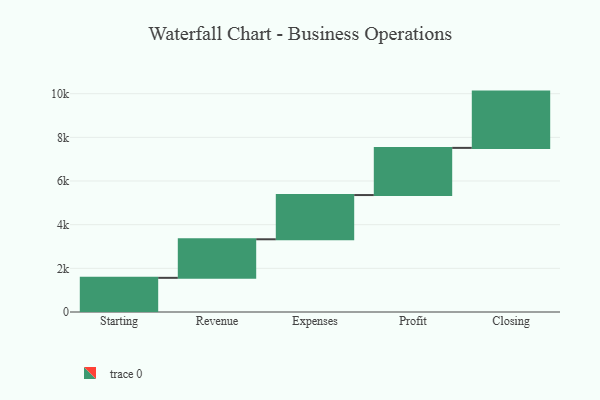
{"axis": {"x": "Step", "y": "Value"}, "legend": [""], "data": [{"x": "Starting", "y": 1565.0, "type": ""}, {"x": "Revenue", "y": 1766.0, "type": ""}, {"x": "Expenses", "y": 2026.0, "type": ""}, {"x": "Profit", "y": 2161.0, "type": ""}, {"x": "Closing", "y": 2578.0, "type": ""}]}